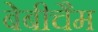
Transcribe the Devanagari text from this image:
बेबीचैम